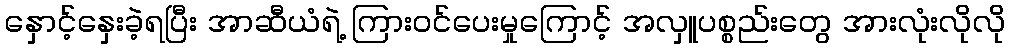
နှောင့်နှေးခဲ့ရပြီး အာဆီယံရဲ့ ကြားဝင်ပေးမှုကြောင့် အလှူပစ္စည်းတွေ အားလုံးလိုလို